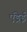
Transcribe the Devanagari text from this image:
एंड्रेई